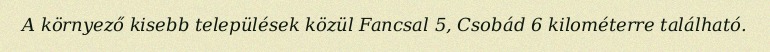
A környező kisebb települések közül Fancsal 5, Csobád 6 kilométerre található.